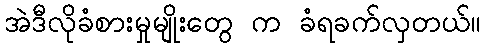
အဲဒီလိုခံစားမှုမျိုးတွေ က ခံရခက်လှတယ်။